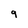
Character: 9